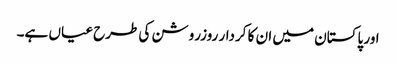
اور پاکستان میں ان کا کردار روزروشن کی طرح عیاں ہے۔